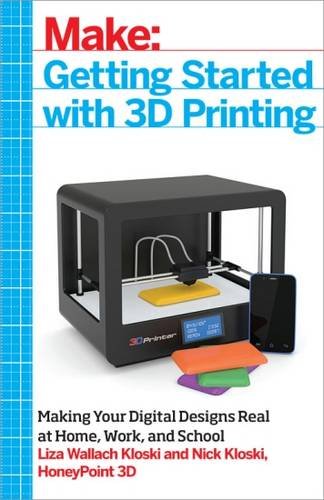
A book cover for Make: Getting Started with 3D Printing: Making Your Digital Designs Tangible at Home, Work, or School; Liza Wallach Kloski; Computers & Technology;